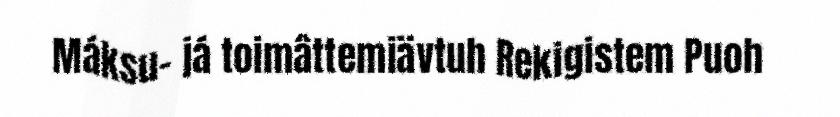
Máksu- já toimâttemiävtuh Rekigistem Puoh